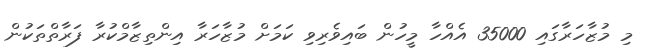
މި މުޒާހަރާގައި 35000 އެއްހާ މީހުން ބައިވެރިވި ކަމަށް މުޒާހަރާ އިންތިޒާމްކުރާ ފަރާތްތަކުން